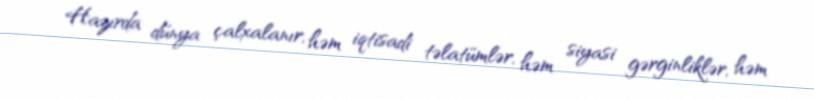
Hazırda dünya çalxalanır, həm iqtisadi təlatümlər, həm siyasi gərginliklər, həm